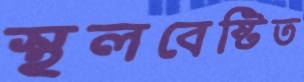
স্থলবেষ্টিত